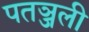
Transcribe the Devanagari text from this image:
पतञ्जली